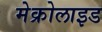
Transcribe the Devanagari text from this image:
मेक्रोलाइड